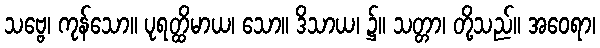
သဗ္ဗေ၊ ကုန်သော။ ပုရတ္ထိမာယ၊ သော။ ဒိသာယ၊ ၌။ သတ္တာ၊ တို့သည်။ အဝေရာ၊